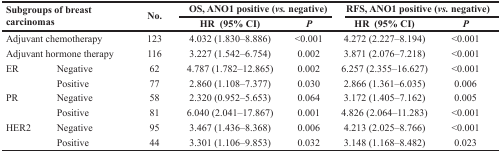
| <ROWSPAN=2-COLSPAN=2> Subgroups of breast carcinomas | <ROWSPAN=2> No. | <COLSPAN=2> OS, ANO1 positive (vs. negative) | <COLSPAN=2> RFS, ANO1 positive (vs. negative) |
 | HR (95% CI) | P | HR (95% CI) | P |
 | --- | --- | --- | --- | --- | --- | --- |
 | <COLSPAN=2> Adjuvant chemotherapy | 123 | 4.032 (1.830–8.886) | <0.001 | 4.272 (2.227–8.194) | <0.001 |
 | <COLSPAN=2> Adjuvant hormone therapy | 116 | 3.227 (1.542–6.754) | 0.002 | 3.871 (2.076–7.218) | <0.001 |
 | ER | Negative | 62 | 4.787 (1.782–12.865) | 0.002 | 6.257 (2.355–16.627) | <0.001 |
 |  | Positive | 77 | 2.860 (1.108–7.377) | 0.030 | 2.866 (1.361–6.035) | 0.006 |
 | PR | Negative | 58 | 2.320 (0.952–5.653) | 0.064 | 3.172 (1.405–7.162) | 0.005 |
 |  | Positive | 81 | 6.040 (2.041–17.867) | 0.001 | 4.826 (2.064–11.283) | <0.001 |
 | HER2 | Negative | 95 | 3.467 (1.436–8.368) | 0.006 | 4.213 (2.025–8.766) | <0.001 |
 |  | Positive | 44 | 3.301 (1.106–9.853) | 0.032 | 3.148 (1.168–8.482) | 0.023 |